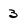
Character: 3